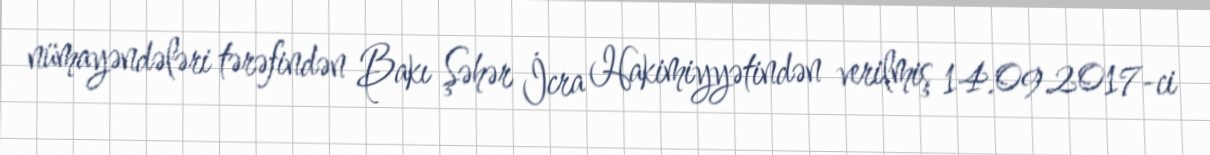
nümayəndələri tərəfindən Bakı Şəhər İcra Hakimiyyətindən verilmiş 14.09.2017-ci